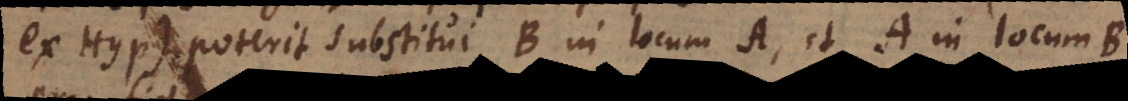
ex Hyp.) poterit substitui B in locum A, et A in locum B